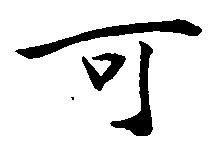
可